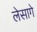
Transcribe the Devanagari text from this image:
लेसागे